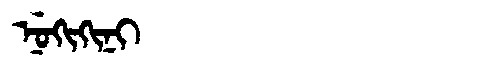
Manchu: ᠨᡠᡴᡳᡴᡳᠨᡳ
Romanization: NUKIKINI